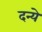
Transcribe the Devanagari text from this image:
दन्ये